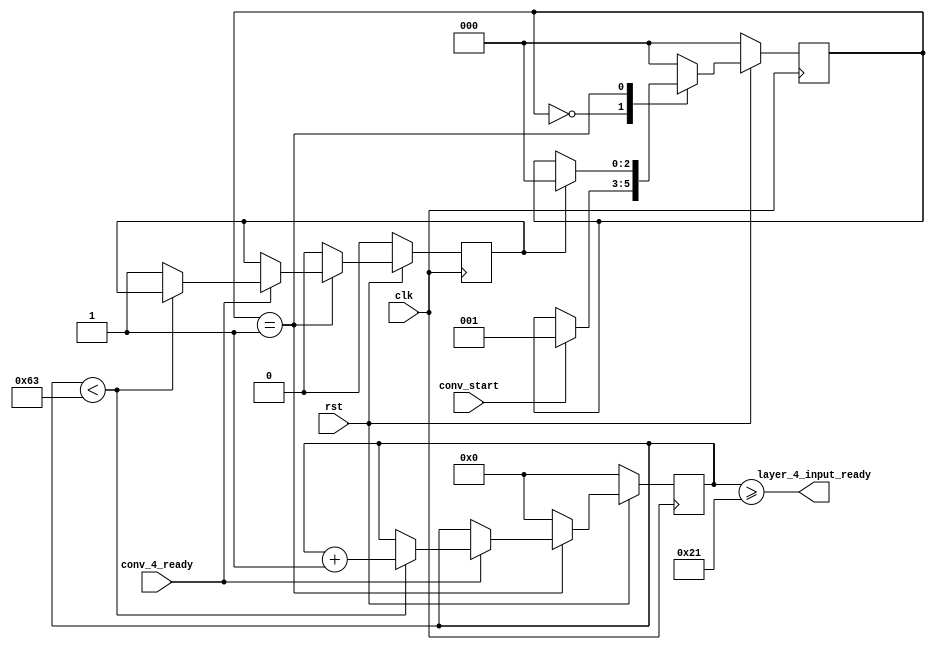
module Layer4Input(
    input clk,
    input rst,
    input conv_start,
    input conv_4_ready,
    output layer_4_input_ready
);

    // conv_4_ready1
    reg layer_4_input_complete = 1'b0;
    parameter 
        VACANT = 3'd0,
        BUSY = 3'd1;
    reg [2:0] state = 3'd0;
    always @(posedge clk) begin
        if(!rst) begin
            state <= VACANT;
        end
        else begin
            case(state)
                VACANT: begin
                    if(conv_start) begin
                        state <= BUSY;
                    end
                end
                BUSY: begin
                    if(layer_4_input_complete) begin
                        state <= VACANT;
                    end
                end
                default: begin
                    state <= VACANT;
                end
            endcase
        end
    end

    // 10x10x323x3x32
    parameter img_size = 10'd100;
    parameter convolution_size = 7'd30;
    parameter kernel_size = 2'd3;
    reg [9:0] pix_count = 10'd0;

    always @(posedge clk) begin
        if(!rst) begin
            pix_count <= 10'd0;
            layer_4_input_complete <= 1'b0;
        end
        else begin
            case(state)
                VACANT: begin
                    pix_count <= 10'd0;
                    layer_4_input_complete <= 1'b0;
                end
                BUSY: begin
                    if(conv_4_ready) begin
                        if(pix_count < img_size - 10'd1) begin
                            pix_count <= pix_count + 10'd1;
                        end
                        else begin
                            layer_4_input_complete <= 1'b1;
                        end
                    end
                end
                default: begin
                    pix_count <= 10'd0;
                    layer_4_input_complete <= 1'b0;
                end
            endcase
        end
    end

    // conv_5.vlayer_4_input_ready1'b1
    assign layer_4_input_ready = pix_count >= convolution_size + kernel_size;

endmodule